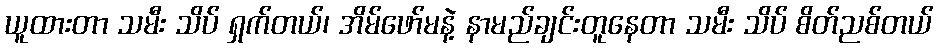
ယူထားတာ သမီး သိပ် ရှက်တယ်၊ အိမ်ဖော်မနဲ့ နာမည်ချင်းတူနေတာ သမီး သိပ် စိတ်ညစ်တယ်